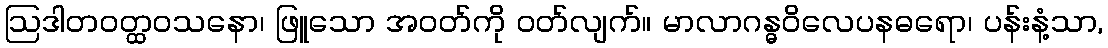
ဩဒါတဝတ္ထဝသနော၊ ဖြူသော အဝတ်ကို ဝတ်လျက်။ မာလာဂန္ဓဝိလေပနဓရော၊ ပန်းနံ့သာ,